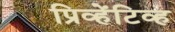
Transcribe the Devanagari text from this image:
प्रिव्हेंटिव्ह